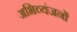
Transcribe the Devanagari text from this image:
अभिव्यंजनों